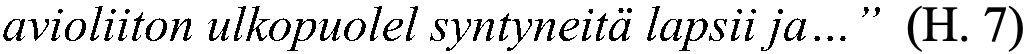
avioliiton ulkopuolel syntyneitä lapsii ja…” (H. 7)